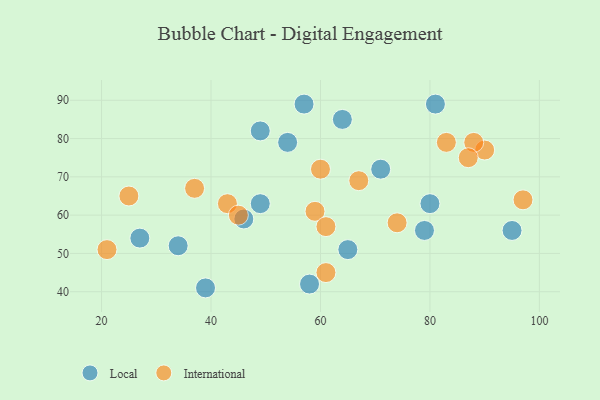
{"axis": {"x": "GDP", "y": "Life Expectancy"}, "legend": ["International", "Local"], "data": [{"x": "34", "y": 52, "type": "Local"}, {"x": "95", "y": 56, "type": "Local"}, {"x": "81", "y": 89, "type": "Local"}, {"x": "58", "y": 42, "type": "Local"}, {"x": "49", "y": 82, "type": "Local"}, {"x": "27", "y": 54, "type": "Local"}, {"x": "57", "y": 89, "type": "Local"}, {"x": "54", "y": 79, "type": "Local"}, {"x": "64", "y": 85, "type": "Local"}, {"x": "46", "y": 59, "type": "Local"}, {"x": "49", "y": 63, "type": "Local"}, {"x": "39", "y": 41, "type": "Local"}, {"x": "79", "y": 56, "type": "Local"}, {"x": "80", "y": 63, "type": "Local"}, {"x": "71", "y": 72, "type": "Local"}, {"x": "65", "y": 51, "type": "Local"}, {"x": "83", "y": 79, "type": "International"}, {"x": "90", "y": 77, "type": "International"}, {"x": "88", "y": 79, "type": "International"}, {"x": "97", "y": 64, "type": "International"}, {"x": "87", "y": 75, "type": "International"}, {"x": "43", "y": 63, "type": "International"}, {"x": "74", "y": 58, "type": "International"}, {"x": "67", "y": 69, "type": "International"}, {"x": "60", "y": 72, "type": "International"}, {"x": "45", "y": 60, "type": "International"}, {"x": "25", "y": 65, "type": "International"}, {"x": "59", "y": 61, "type": "International"}, {"x": "21", "y": 51, "type": "International"}, {"x": "37", "y": 67, "type": "International"}, {"x": "61", "y": 45, "type": "International"}, {"x": "61", "y": 57, "type": "International"}]}